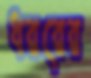
ধররের